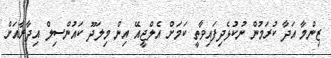
ޒިންމާ އަދާ ކުރަމުން ނުކުޅެދިފައިވާތީ ކަމަށް އެލްޖީއޭ އިން މިލަދޫ ކައުންސިލް އިދާރާއަށް